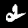
Digit: 2